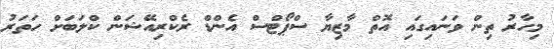
މިހާރު ތިން ވަނައިގައި އޮތް މާޒިޔާ ސްޕޯޓްސް އެންޑް ރެކްރިއޭޝަން ކްލަބަށް ހަތަރު